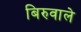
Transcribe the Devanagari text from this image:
बिरुवाले